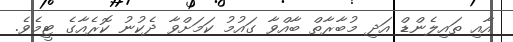
އާއި ތައިލެންޑް އަދި މުބާރާތް ބާއްވާ ގައުމު ކަމަށްވާ ދެކުނު ކޮރެއާގެ ޓީމެވެ.